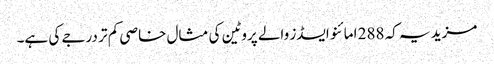
مزید یہ کہ 288 امائنو ایسڈز والے پروٹین کی مثال خاصی کم تر درجے کی ہے۔